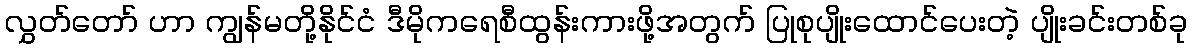
လွှတ်တော် ဟာ ကျွန်မတို့နိုင်ငံ ဒီမိုကရေစီထွန်းကားဖို့အတွက် ပြုစုပျိုးထောင်ပေးတဲ့ ပျိုးခင်းတစ်ခု